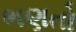
ભણતો